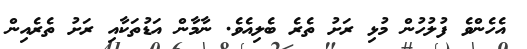
އެހެންވެ ފުލުހުން މުޅި ރަށު ތެރެ ބެލިއެވެ. ނާމާން އަޑުތަކާއި ރަށު ތެރެއިން